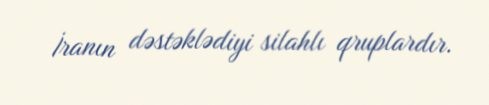
İranın dəstəklədiyi silahlı qruplardır.